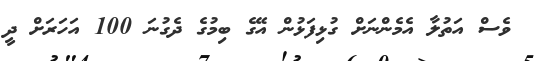
ވެސް އަތުލާ އެމެންނަށް ގުޅިފަޅުން އޭގެ ބިމުގެ ދެގުނަ 100 އަހަރަށް ދީ